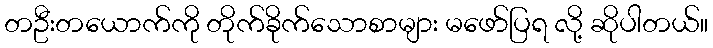
တဦးတယောက်ကို တိုက်ခိုက်သောစာများ မဖော်ပြရ လို့ ဆိုပါတယ်။